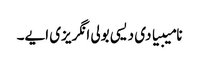
نامیبیا دی دیسی بولی انگریزی ایے۔